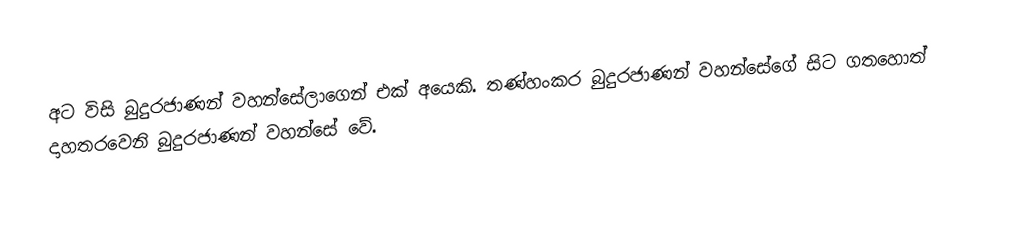
අට විසි බුදුරජාණන් වහන්සේලාගෙන් එක් අයෙකි. තණ්හංකර බුදුරජාණන් වහන්සේගේ සිට ගතහොත් දාහතරවෙනි බුදුරජාණන් වහන්සේ වේ.